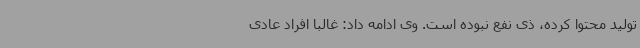
تولید محتوا کرده، ذی نفع نبوده است. وی ادامه داد: غالبا افراد عادی